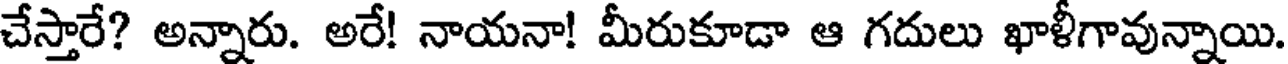
చేస్తారే? అన్నారు. అరే! నాయనా! మీరుకూడా ఆ గదులు ఖాళీగావున్నాయి